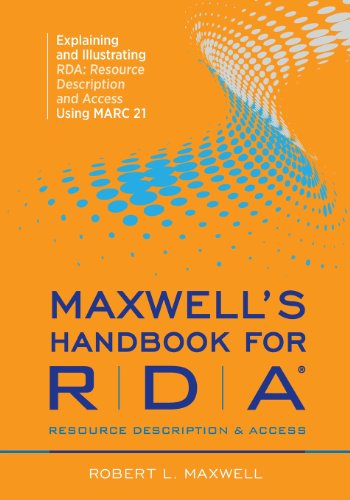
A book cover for Maxwell's Handbook for Rda: Explaining and Illustrating Rda, Resource Description and Access Using Marc21; Robert L. Maxwell; Politics & Social Sciences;